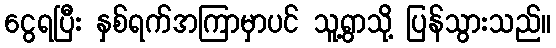
ငွေရပြီး နှစ်ရက်အကြာမှာပင် သူ့ရွာသို့ ပြန်သွားသည်။